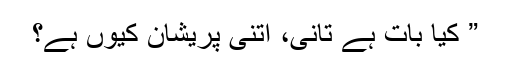
” کیا بات ہے تانی، اتنی پریشان کیوں ہے؟